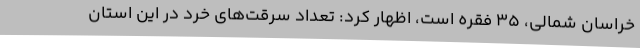
خراسان شمالی، 35 فقره است، اظهار کرد: تعداد سرقت‌های خرد در این استان